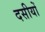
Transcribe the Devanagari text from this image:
दसीयों